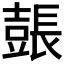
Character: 𨲗